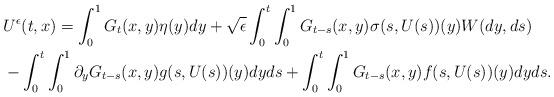
LaTeX: \begin{align*}&U^{\epsilon}(t,x)= \int_0^1 G_t(x,y)\eta(y)dy + \sqrt{\epsilon} \int_0^t\int_0^1 G_{t-s}(x,y) \sigma(s, U(s))(y)W(dy, ds)\\& -\int_0^t\int_0^1\partial_yG_{t-s}(x,y)g(s, U(s))(y)dyds+\int_0^t\int_0^1G_{t-s}(x,y)f(s, U(s))(y)dyds.\end{align*}